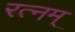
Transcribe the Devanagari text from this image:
रत्नम्‌